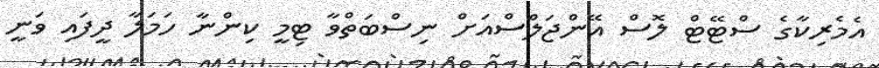
އެމެރިކާގެ ސްޓޭޓް ލޮސް އޭންޖަލްސްއަށް ނިސްބަތްވާ ޓިމީ ކިންނާ ހަމަލާ ދީފައި ވަނީ